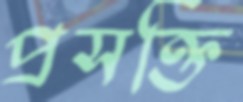
প্রসক্তি